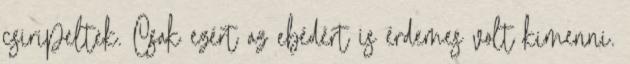
csiripeltek. Csak ezért az ebédért is érdemes volt kimenni.